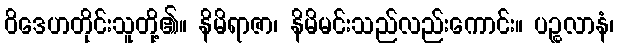
ဝိဒေဟတိုင်းသူတို့၏။ နိမိရာဇာ၊ နိမိမင်းသည်လည်းကောင်း။ ပဉ္စလာနံ၊